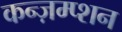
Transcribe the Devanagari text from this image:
कन्ज़म्प्शन